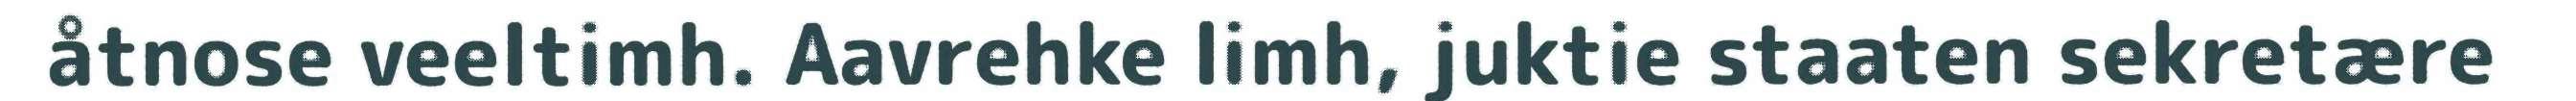
åtnose veeltimh. Aavrehke limh, juktie staaten sekretære